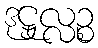
ဒုဋ္ဌုလ္လဉ္စ